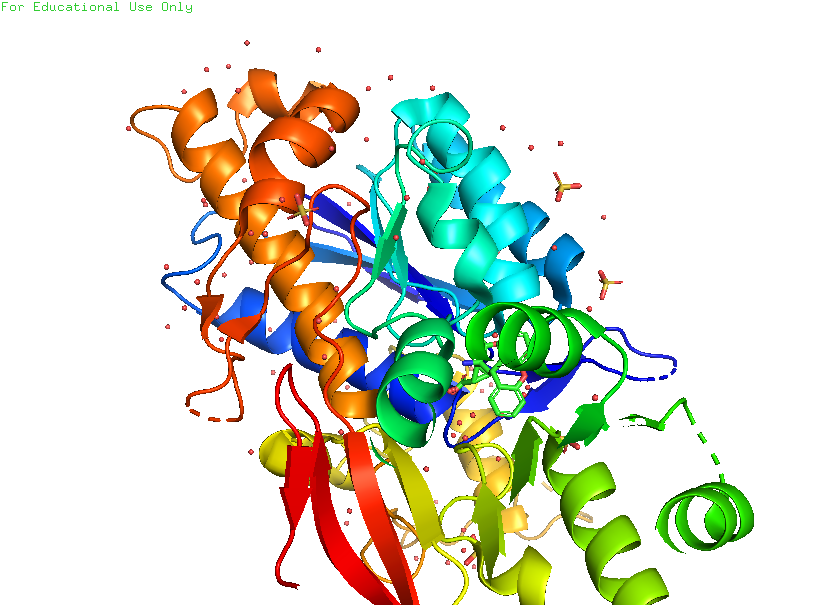
pymol, preset, pretty_solv